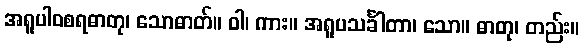
အရူပါဝစရဓာတု၊ သောဓာတ်။ ဝါ၊ ကား။ အရူပသင်္ခါတာ၊ သော။ ဓာတု၊ တည်း။